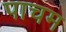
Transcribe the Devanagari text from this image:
पाचम